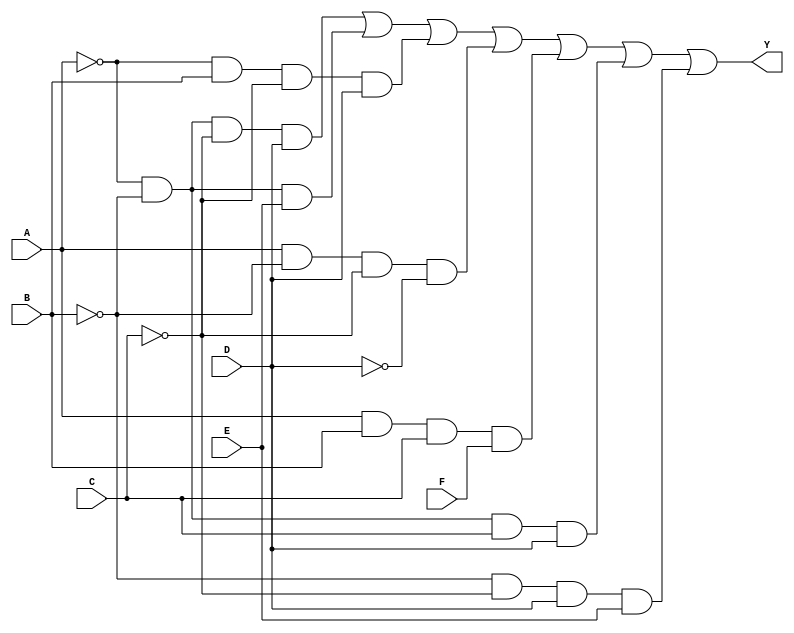
module kmap_6var (
    input wire A, // Input variable A
    input wire B, // Input variable B
    input wire C, // Input variable C
    input wire D, // Input variable D
    input wire E, // Input variable E
    input wire F, // Input variable F
    output wire Y // Output variable Y
);

// Boolean expression derived from the K-map
// Example expression: Y = A'B'C'D + A'B'C'E + A'BC'D + AB'C'D' + ABCF + A'B'CD + B'CDE
// You should replace the expression below with the actual simplified expression from your K-map

assign Y = (~A & ~B & ~C & D) | (~A & ~B & E) | (~A & B & ~C & D) |
           (A & ~B & ~C & ~D) | (A & B & C & F) | (~A & ~B & C & D) |
           (~B & ~C & D & E);

// Testbench for validation
endmodule